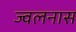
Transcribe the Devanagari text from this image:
ज्वलनास